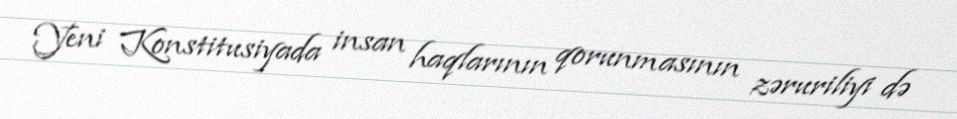
Yeni Konstitusiyada insan haqlarının qorunmasının zəruriliyi də